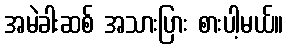
အမဲခါးဆစ် အသားပြား စားပါ့မယ်။